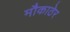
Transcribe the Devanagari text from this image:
मौकाठेर